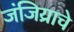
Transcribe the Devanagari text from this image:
जंजिय्राचे